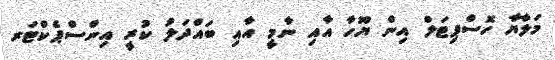
މަލާޔާ ހޮސްޕިޓަލް އިން ޔޫހާ އާއި ނާމީ އާއި ބައްދަލު ކުރީ އިންސްޕެކްޓަރ